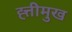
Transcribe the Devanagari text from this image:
ह्त्तीमुख